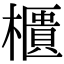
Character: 櫃